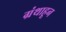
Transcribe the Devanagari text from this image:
ग्रंथाहून